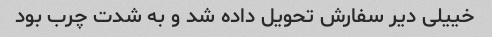
خییلی دیر سفارش تحویل داده شد و به شدت چرب بود